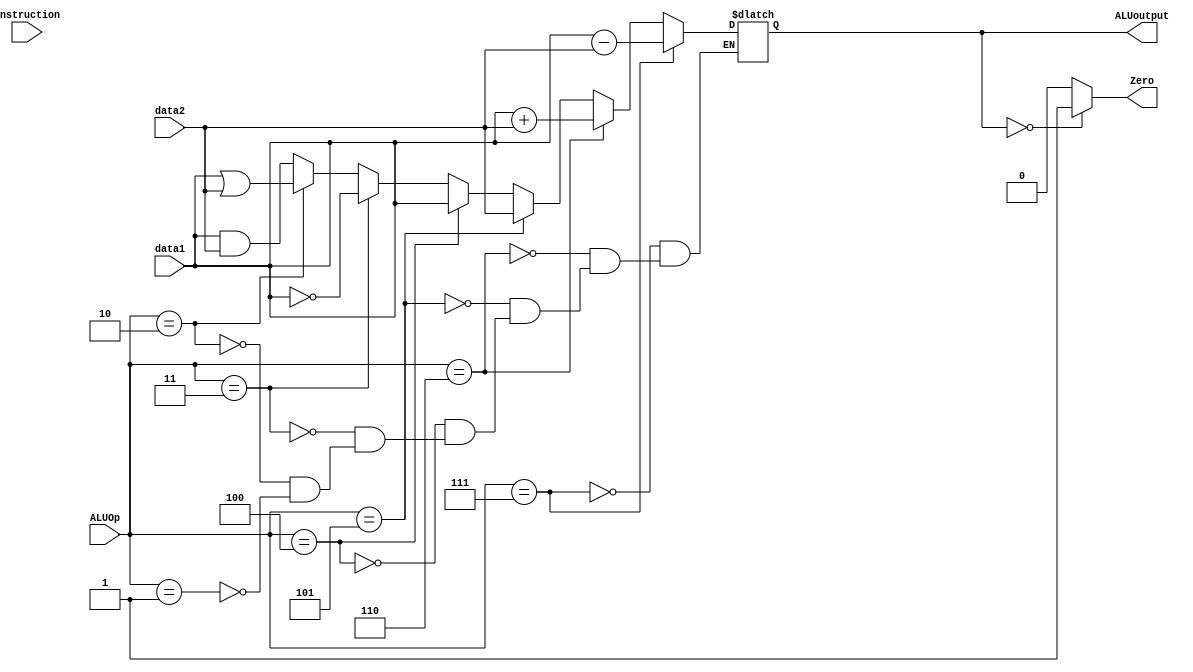
`timescale 1ns / 1ns

module ALU(instruction, data1, data2, ALUoutput, ALUOp, Zero);
    input [63:0] data1, data2;
    input [31:0] instruction;
    input [3:0] ALUOp;
    output reg [63:0] ALUoutput;
    output reg Zero;

    always @( data1 or data2 or ALUOp or instruction)
    begin

    if (ALUOp == 4'b0001)//and
        ALUoutput = data1 & data2;
        
    if (ALUOp == 4'b0010)//orr
        ALUoutput = data1 | data2;
        
    if (ALUOp == 4'b0011)//not
        ALUoutput = ~data1 ;
        
    if (ALUOp == 4'b0100)
        ALUoutput = data1;
        
    if (ALUOp == 4'b0101)
        ALUoutput = data2;
        
    if (ALUOp == 4'b0110)
        ALUoutput = data1 + data2;
        
    if (ALUOp == 4'b0111)
        ALUoutput = data1 - data2;
    end

    always@(data1, data2, ALUoutput)
    begin
    if (ALUoutput==0)
        Zero = 1;
    else
        Zero = 0;

    end
    
endmodule